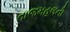
તાજમહલની